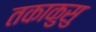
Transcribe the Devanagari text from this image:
तकाकुसु